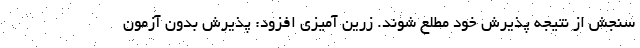
سنجش از نتیجه پذیرش خود مطلع شوند. زرین آمیزی افزود: پذیرش بدون آزمون